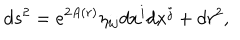
d s ^ { 2 } = e ^ { 2 A ( r ) } \eta _ { i j } d x ^ { i } d x ^ { j } + d r ^ { 2 } ,